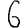
Digit: 6